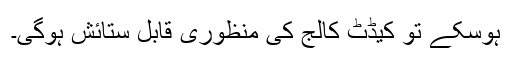
ہوسکے تو کیڈٹ کالج کی منظوری قابل ستائش ہوگی۔